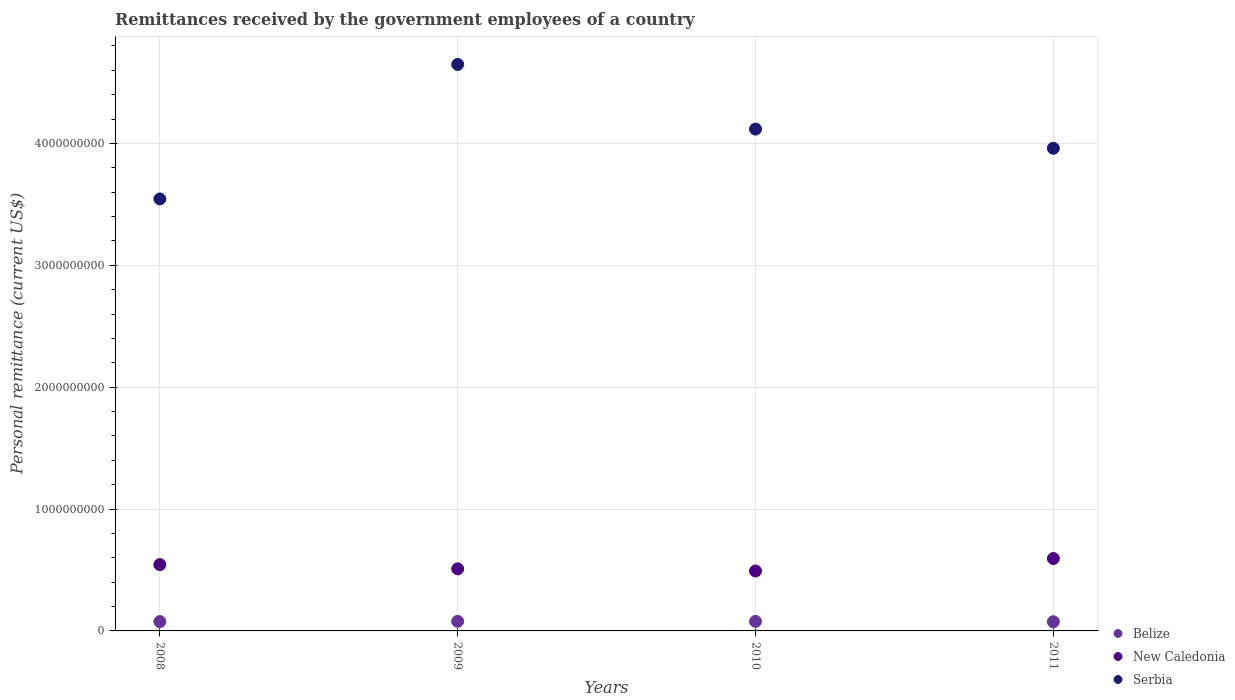
| Years | Belize | New Caledonia | Serbia |
 | --- | --- | --- | --- |
 | 2008 | 7.65e+07 | 5.44e+08 | 3.54e+09 |
 | 2009 | 7.86e+07 | 5.09e+08 | 4.65e+09 |
 | 2010 | 7.81e+07 | 4.92e+08 | 4.12e+09 |
 | 2011 | 7.53e+07 | 5.94e+08 | 3.96e+09 |